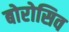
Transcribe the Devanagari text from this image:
बोरोसिव